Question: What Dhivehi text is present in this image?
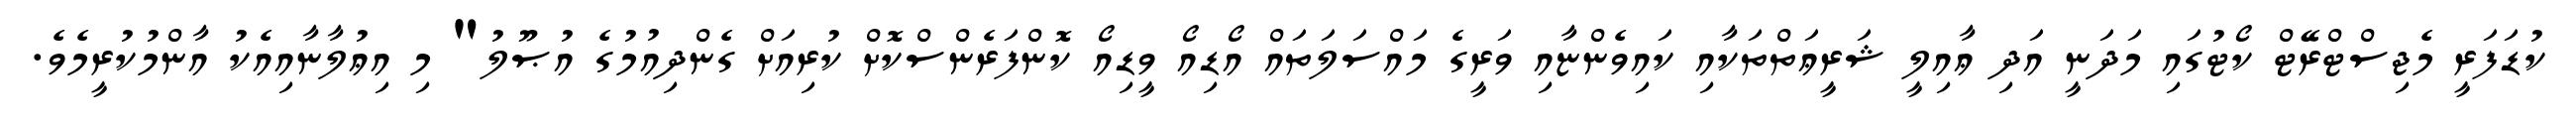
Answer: ކުޑަފަރީ މެޖިސްޓްރޭޓް ކޯޓުގައި މަދަނީ އަދި ޢާއިލީ ޝަރީޢަތްތަކާއި ކައިވެންޏާއި ވަރީގެ މައްސަލަތައް އޯޑިއޯ ވީޑިއޯ ކޮންފަރެންސްކޮށް ކުރިއަށް ގެންދިއުމުގެ އުޞޫލު" މި އިޢުލާނާއިއެކު އާންމުކުރީމެވެ.